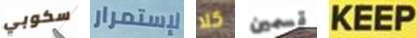
سكوبي لإستمرار كلا قسمين KEEP